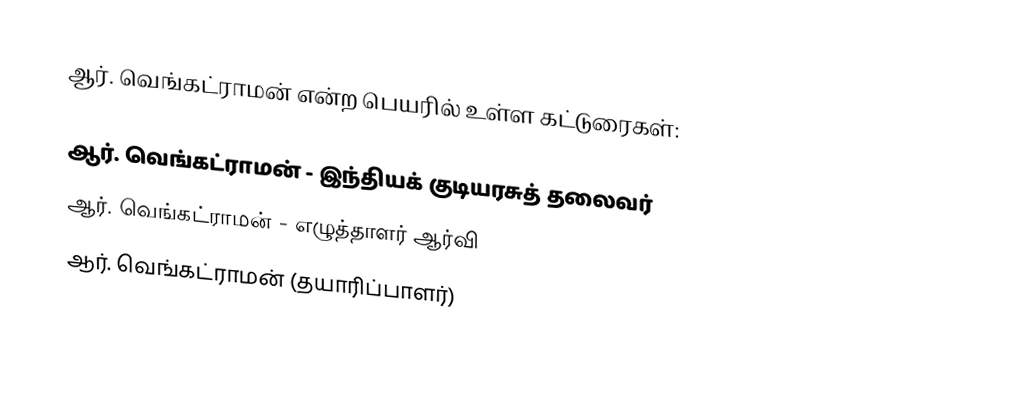
ஆர். வெங்கட்ராமன் என்ற பெயரில் உள்ள கட்டுரைகள்:

 ஆர். வெங்கட்ராமன் - இந்தியக் குடியரசுத் தலைவர்
 ஆர். வெங்கட்ராமன் - எழுத்தாளர் ஆர்வி
 ஆர். வெங்கட்ராமன் (தயாரிப்பாளர்)